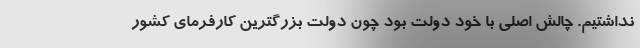
نداشتیم. چالش اصلی با خود دولت بود چون دولت بزرگترین کارفرمای کشور